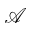
\mathcal { A }